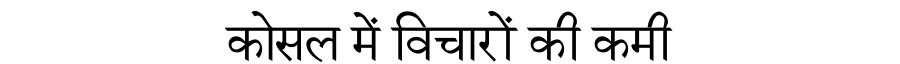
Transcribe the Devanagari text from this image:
कोसल में विचारों की कमी